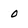
Character: 0